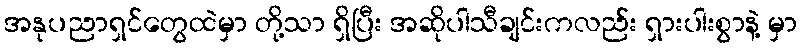
အနုပညာရှင်တွေထဲမှာ တို့သာ ရှိပြီး အဆိုပါသီချင်းကလည်း ရှားပါးစွာနဲ့ မှာ